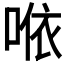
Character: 𠵱